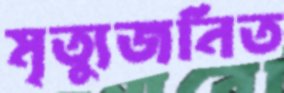
মৃত্যুজনিত